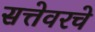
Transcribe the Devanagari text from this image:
सत्तेवरचे